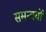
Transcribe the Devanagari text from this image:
समन्वयों